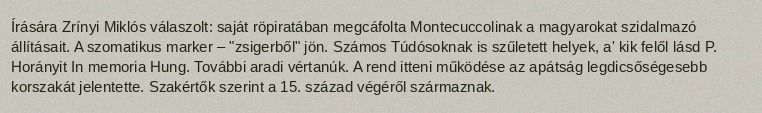
Írására Zrínyi Miklós válaszolt: saját röpiratában megcáfolta Montecuccolinak a magyarokat szidalmazó állításait. A szomatikus marker – "zsigerből" jön. Számos Túdósoknak is szűletett helyek, a' kik felől lásd P. Horányit In memoria Hung. További aradi vértanúk. A rend itteni működése az apátság legdicsőségesebb korszakát jelentette. Szakértők szerint a 15. század végéről származnak.